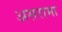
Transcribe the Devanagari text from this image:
असरामा